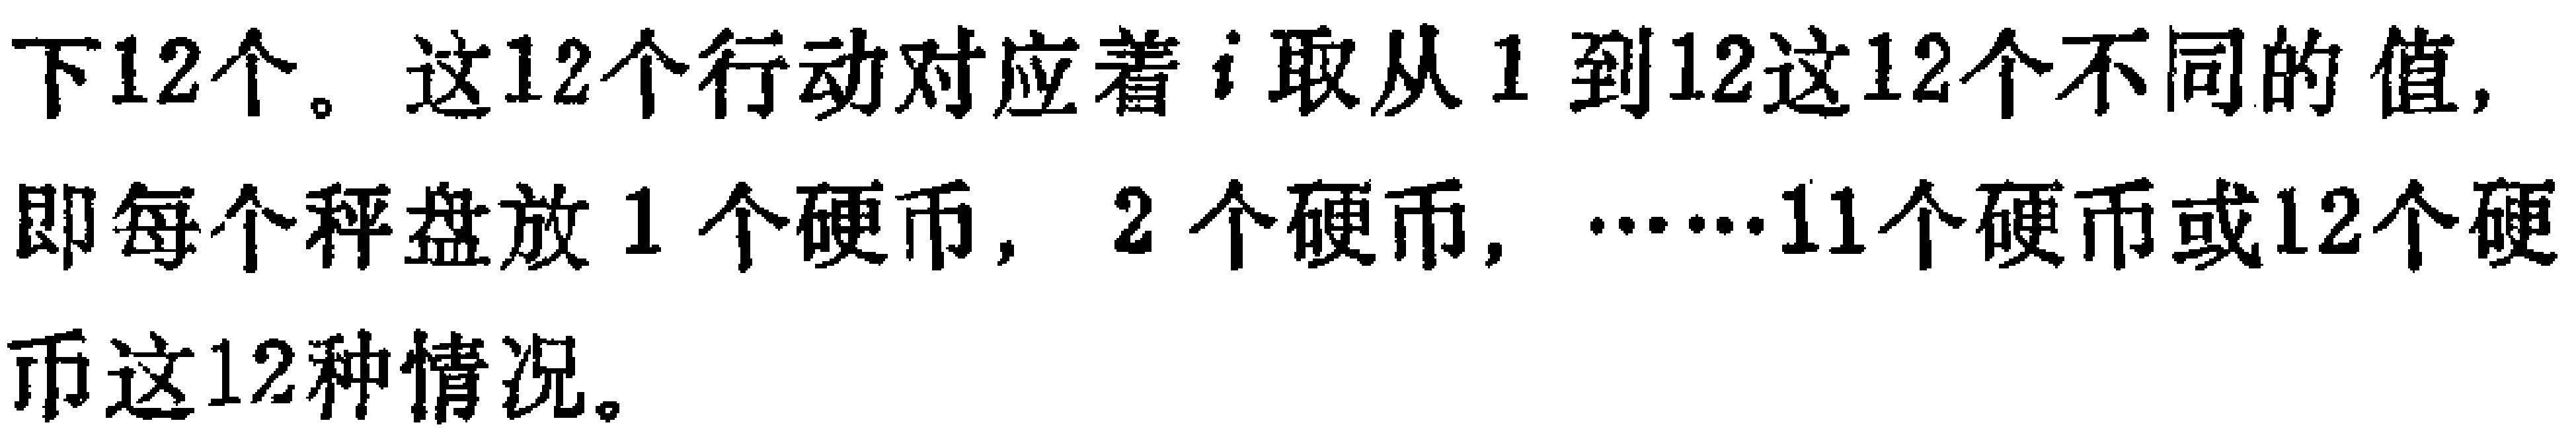
下12个。这12个行动对应着$i$取从1到12这12个不同的值,即每个秤盘放1个硬币, 2个硬币, $\cdots\cdots$11个硬币或12个硬币这12种情况。